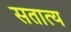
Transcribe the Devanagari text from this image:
सतात्य